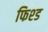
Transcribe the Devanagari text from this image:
फिश्ड